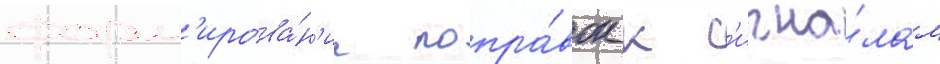
форм'ирова́н'ие попра́вок к с'игна́лам